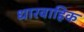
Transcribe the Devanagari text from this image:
धारवाहिक